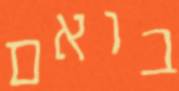
בואם